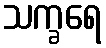
သက္ခရေ